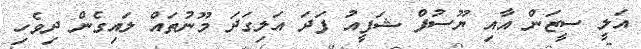
އަލީ ސީޒަން އާއި ޔޫސުފް ޝަފީއު ފަދަ އަލިގަދަ މޫނުތައް ލައިގެން ދިވެހި